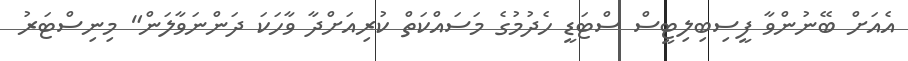
އެއަށް ބޭނުންވާ ފީސިބިލިޓީސް ސްޓަޑީ ހެދުމުގެ މަސައްކަތް ކުރިއަށްދާ ވާހަކަ ދަންނަވާލަން" މިނިސްޓަރު